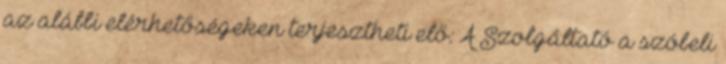
az alábbi elérhetőségeken terjesztheti elő: A Szolgáltató a szóbeli